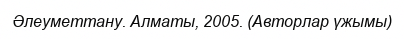
Әлеуметтану. Алматы, 2005. (Авторлар үжымы)